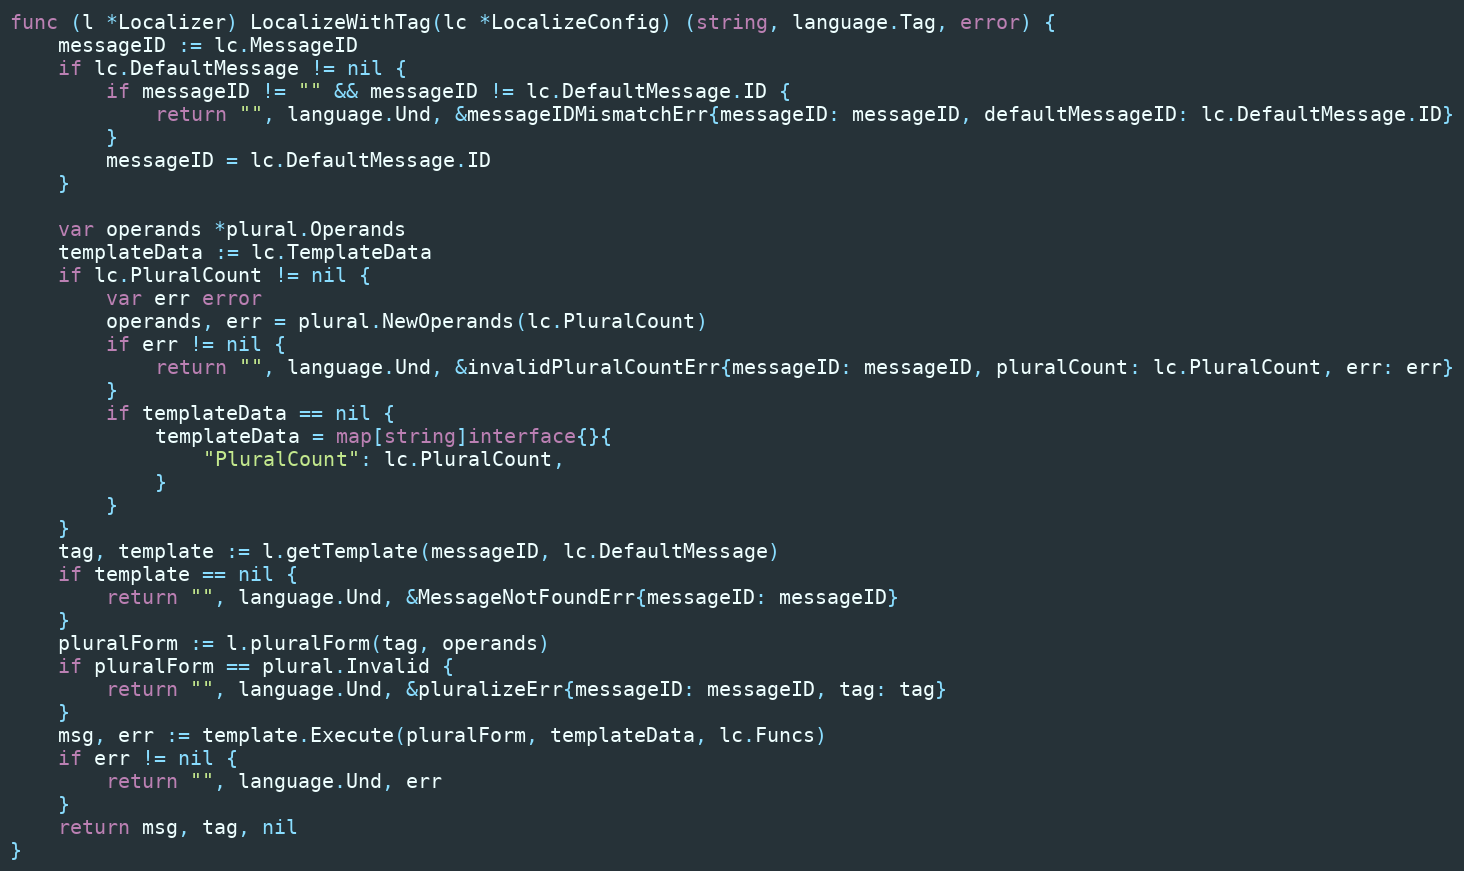
Language: Go
func (l *Localizer) LocalizeWithTag(lc *LocalizeConfig) (string, language.Tag, error) {
	messageID := lc.MessageID
	if lc.DefaultMessage != nil {
		if messageID != "" && messageID != lc.DefaultMessage.ID {
			return "", language.Und, &messageIDMismatchErr{messageID: messageID, defaultMessageID: lc.DefaultMessage.ID}
		}
		messageID = lc.DefaultMessage.ID
	}

	var operands *plural.Operands
	templateData := lc.TemplateData
	if lc.PluralCount != nil {
		var err error
		operands, err = plural.NewOperands(lc.PluralCount)
		if err != nil {
			return "", language.Und, &invalidPluralCountErr{messageID: messageID, pluralCount: lc.PluralCount, err: err}
		}
		if templateData == nil {
			templateData = map[string]interface{}{
				"PluralCount": lc.PluralCount,
			}
		}
	}
	tag, template := l.getTemplate(messageID, lc.DefaultMessage)
	if template == nil {
		return "", language.Und, &MessageNotFoundErr{messageID: messageID}
	}
	pluralForm := l.pluralForm(tag, operands)
	if pluralForm == plural.Invalid {
		return "", language.Und, &pluralizeErr{messageID: messageID, tag: tag}
	}
	msg, err := template.Execute(pluralForm, templateData, lc.Funcs)
	if err != nil {
		return "", language.Und, err
	}
	return msg, tag, nil
}